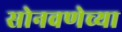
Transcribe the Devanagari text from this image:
सोनवणेच्या